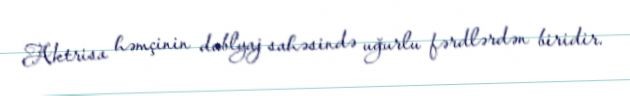
Aktrisa həmçinin dublyaj sahəsində uğurlu fərdlərdən biridir.